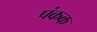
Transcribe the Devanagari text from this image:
पंकक